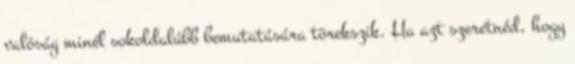
valóság minél sokoldalúbb bemutatására törekszik. Ha azt szeretnéd, hogy